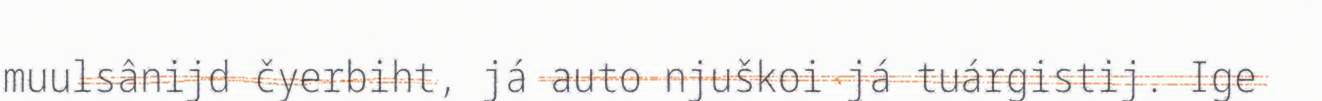
muulsânijd čyerbiht, já auto njuškoi já tuárgistij. Ige